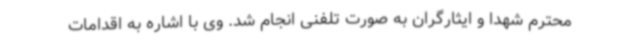
محترم شهدا و ایثارگران به صورت تلفنی انجام شد. وی با اشاره به اقدامات